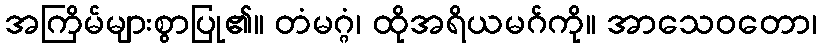
အကြိမ်များစွာပြု၏။ တံမဂ္ဂံ၊ ထိုအရိယမဂ်ကို။ အာသေဝတော၊